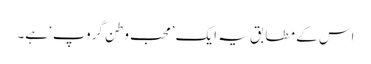
اس کے مطابق یہ ایک ’محب وطن گروپ‘ ہے۔